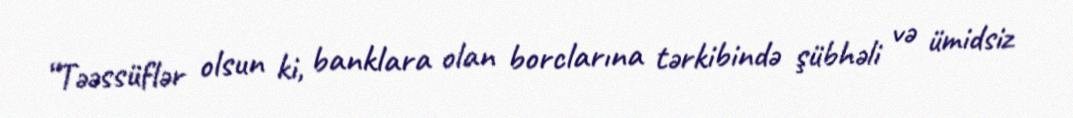
“Təəssüflər olsun ki, banklara olan borclarına tərkibində şübhəli və ümidsiz